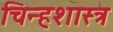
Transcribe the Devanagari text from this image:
चिन्हशास्त्र